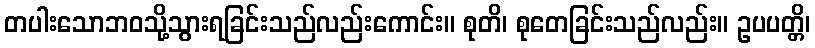
တပါးသောဘဝသို့သွားရခြင်းသည်လည်းကောင်း။ စုတိ၊ စုတေခြင်းသည်လည်း။ ဥပပတ္တိ၊